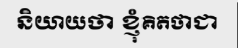
និយាយថា ខ្ញុំគិតថាជា